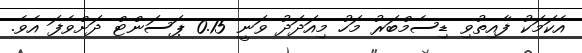
އެކަމަކު ފާއިތުވި ޑިސެމްބަރު މަހު މިއަދަދު ވަނީ 0.15 ޕަސަންޓް ދަށްވެފަ އެވެ.